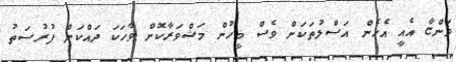
ވަންޏާ އެއީ އެހެން އަސްލުތަކަށް ވެސް މީހުން މަޝްވަރާކޮށް ވާހަކަ ދައްކަން ފުރުސަތު